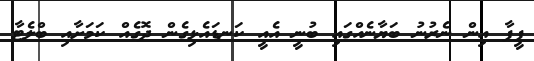
ފީފާ އިން ނެރުނު ބަޔާނެއްގައި ބުނީ އެއީ ކަނޑައެޅިގެން ދޮގެއް ކަމަށާއި ބްލެޓާ